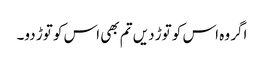
اگر وہ اس کو توڑ دیں تم بھی اس کو توڑ دو۔